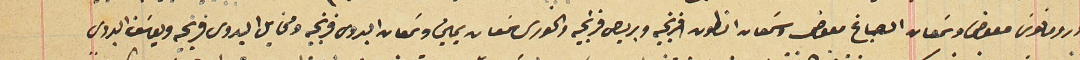
ورومانوس معوض وسَمعان الصباغ معوض وسَمعان انطون فرنجيه وبريص فرنجيه والخورى سَمعان يمين وسَمعان البدوى فرنجيه ومخايل البدوى فرنجيه ويوسَف البدوى